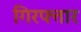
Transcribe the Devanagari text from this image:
गिरफ्त्तार